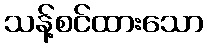
သန့်စင်ထားသော